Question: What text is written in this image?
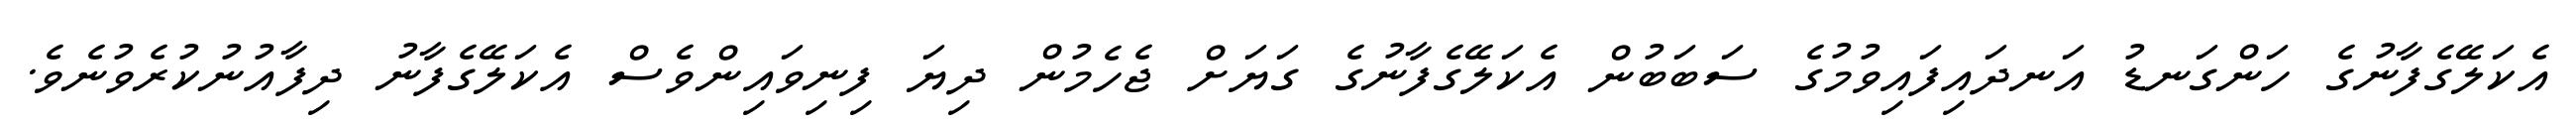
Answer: އެކަލޭގެފާނުގެ ހަންގަނޑު އަނދައިފައިވުމުގެ ސަބަބުން އެކަލޭގެފާނުގެ ގަޔަށް ޖެހެމުން ދިޔަ ފިނިވައިންވެސް އެކަލޭގެފާނު ދިފާއުނުކުރެވުނެވެ.